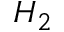
H _ { 2 }